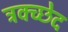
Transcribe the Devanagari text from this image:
त्रक्च्छेद